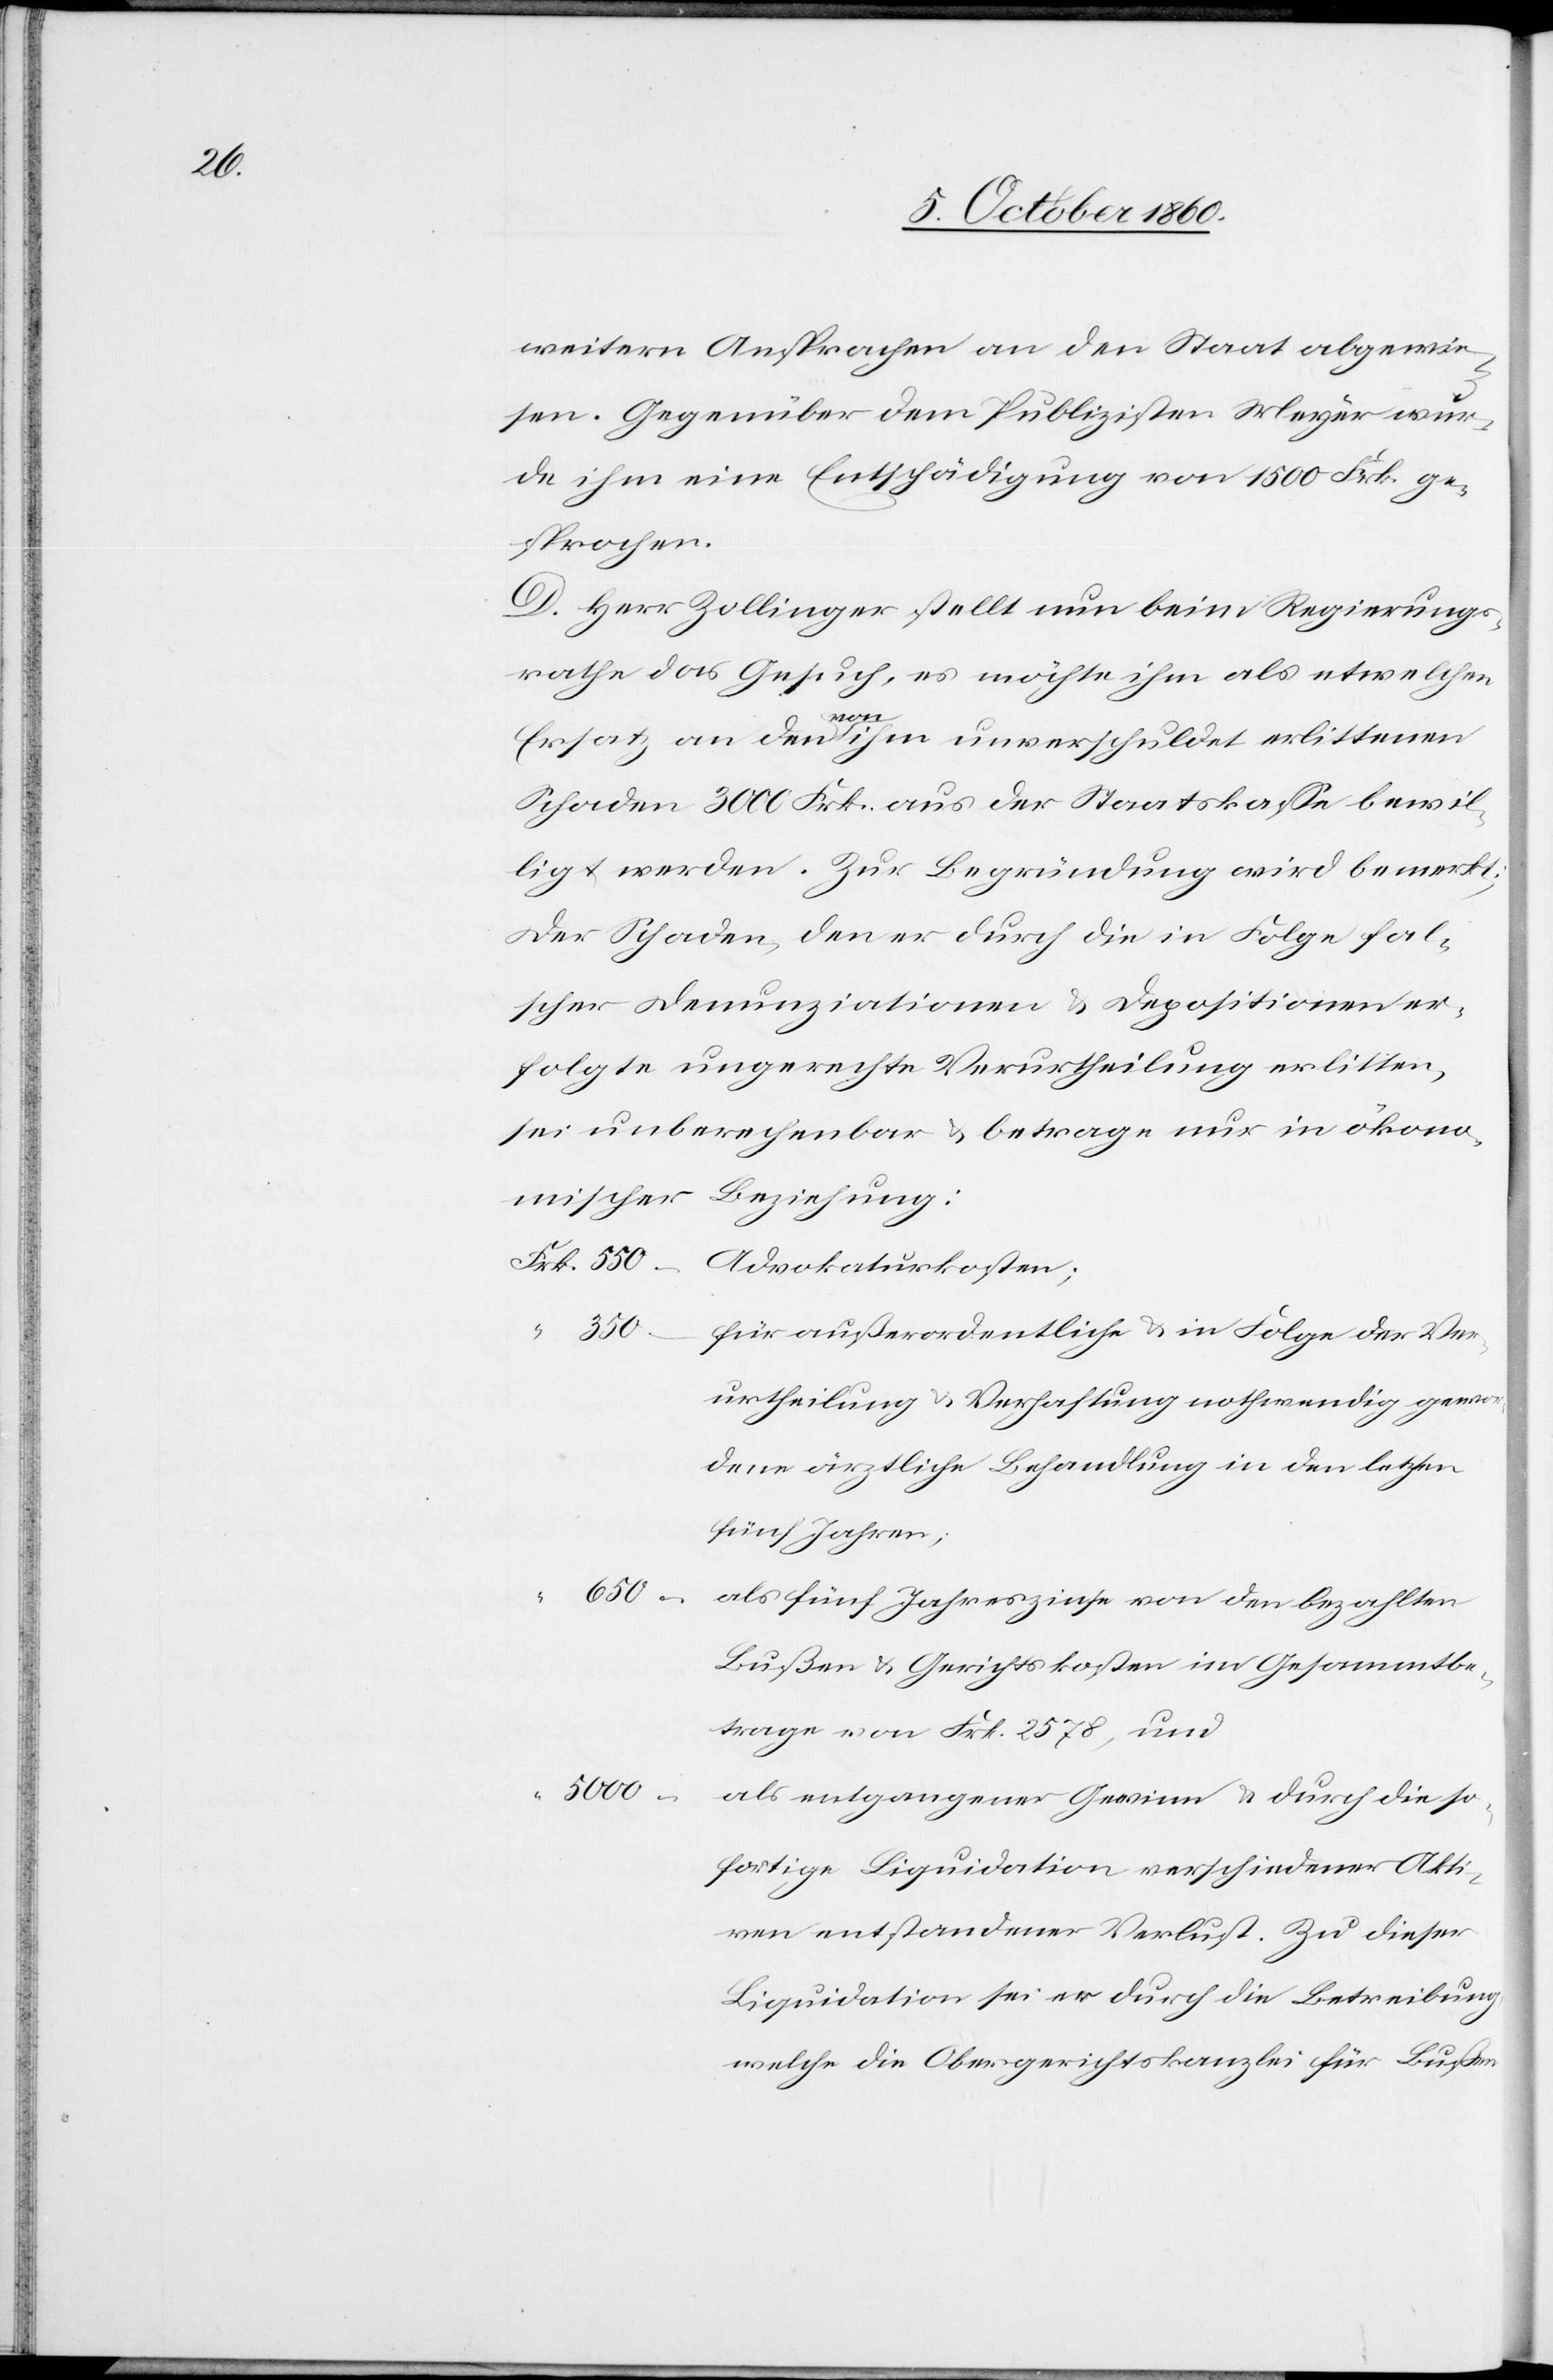
weitern Ansprachen an den Staat abgewie¬
sen. Gegenüber dem Publizisten Meyer wur¬
de ihm eine Entschädigung von 1500 Frk. ge¬
sprochen.
D. Herr Zollinger stellt nun beim Regierungs¬
rathe das Gesuch, es möchte ihm als etwelchen
Frk.
Ersatz an den von ihm unverschuldet erlittenen
Schaden 3000 Frk. aus der Staatskasse bewil¬
ligt werden. Zur Begründung wird bemerkt:
Der Schaden, den er durch die in Folge fal¬
scher Denunziationen u. Depositionen er¬
folgte ungerechte Verurtheilung erlitten,
sei unberechenbar u. betrage nur in ökono¬
mischer Beziehung:
350
für außerordentliche u. in Folge der Ver¬
urtheilung u. Verhaftung nothwendig gewor¬
dene ärztliche Behandlung in den letzten
fünf Jahren;
650
als fünf Jahrszinse von den bezahlten
Bußen u. Gerichtskosten im Gesammtbe¬
trage von Frk. 2578, und
5000
als entgangener Gewinn u. durch die so¬
fortige Liquidation verschiedener Akti¬
ven entstandener Verlust. Zu dieser
Liquidation sei er durch die Betreibung
welche die Obergerichtskanzlei für Bußen